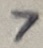
Text: 7